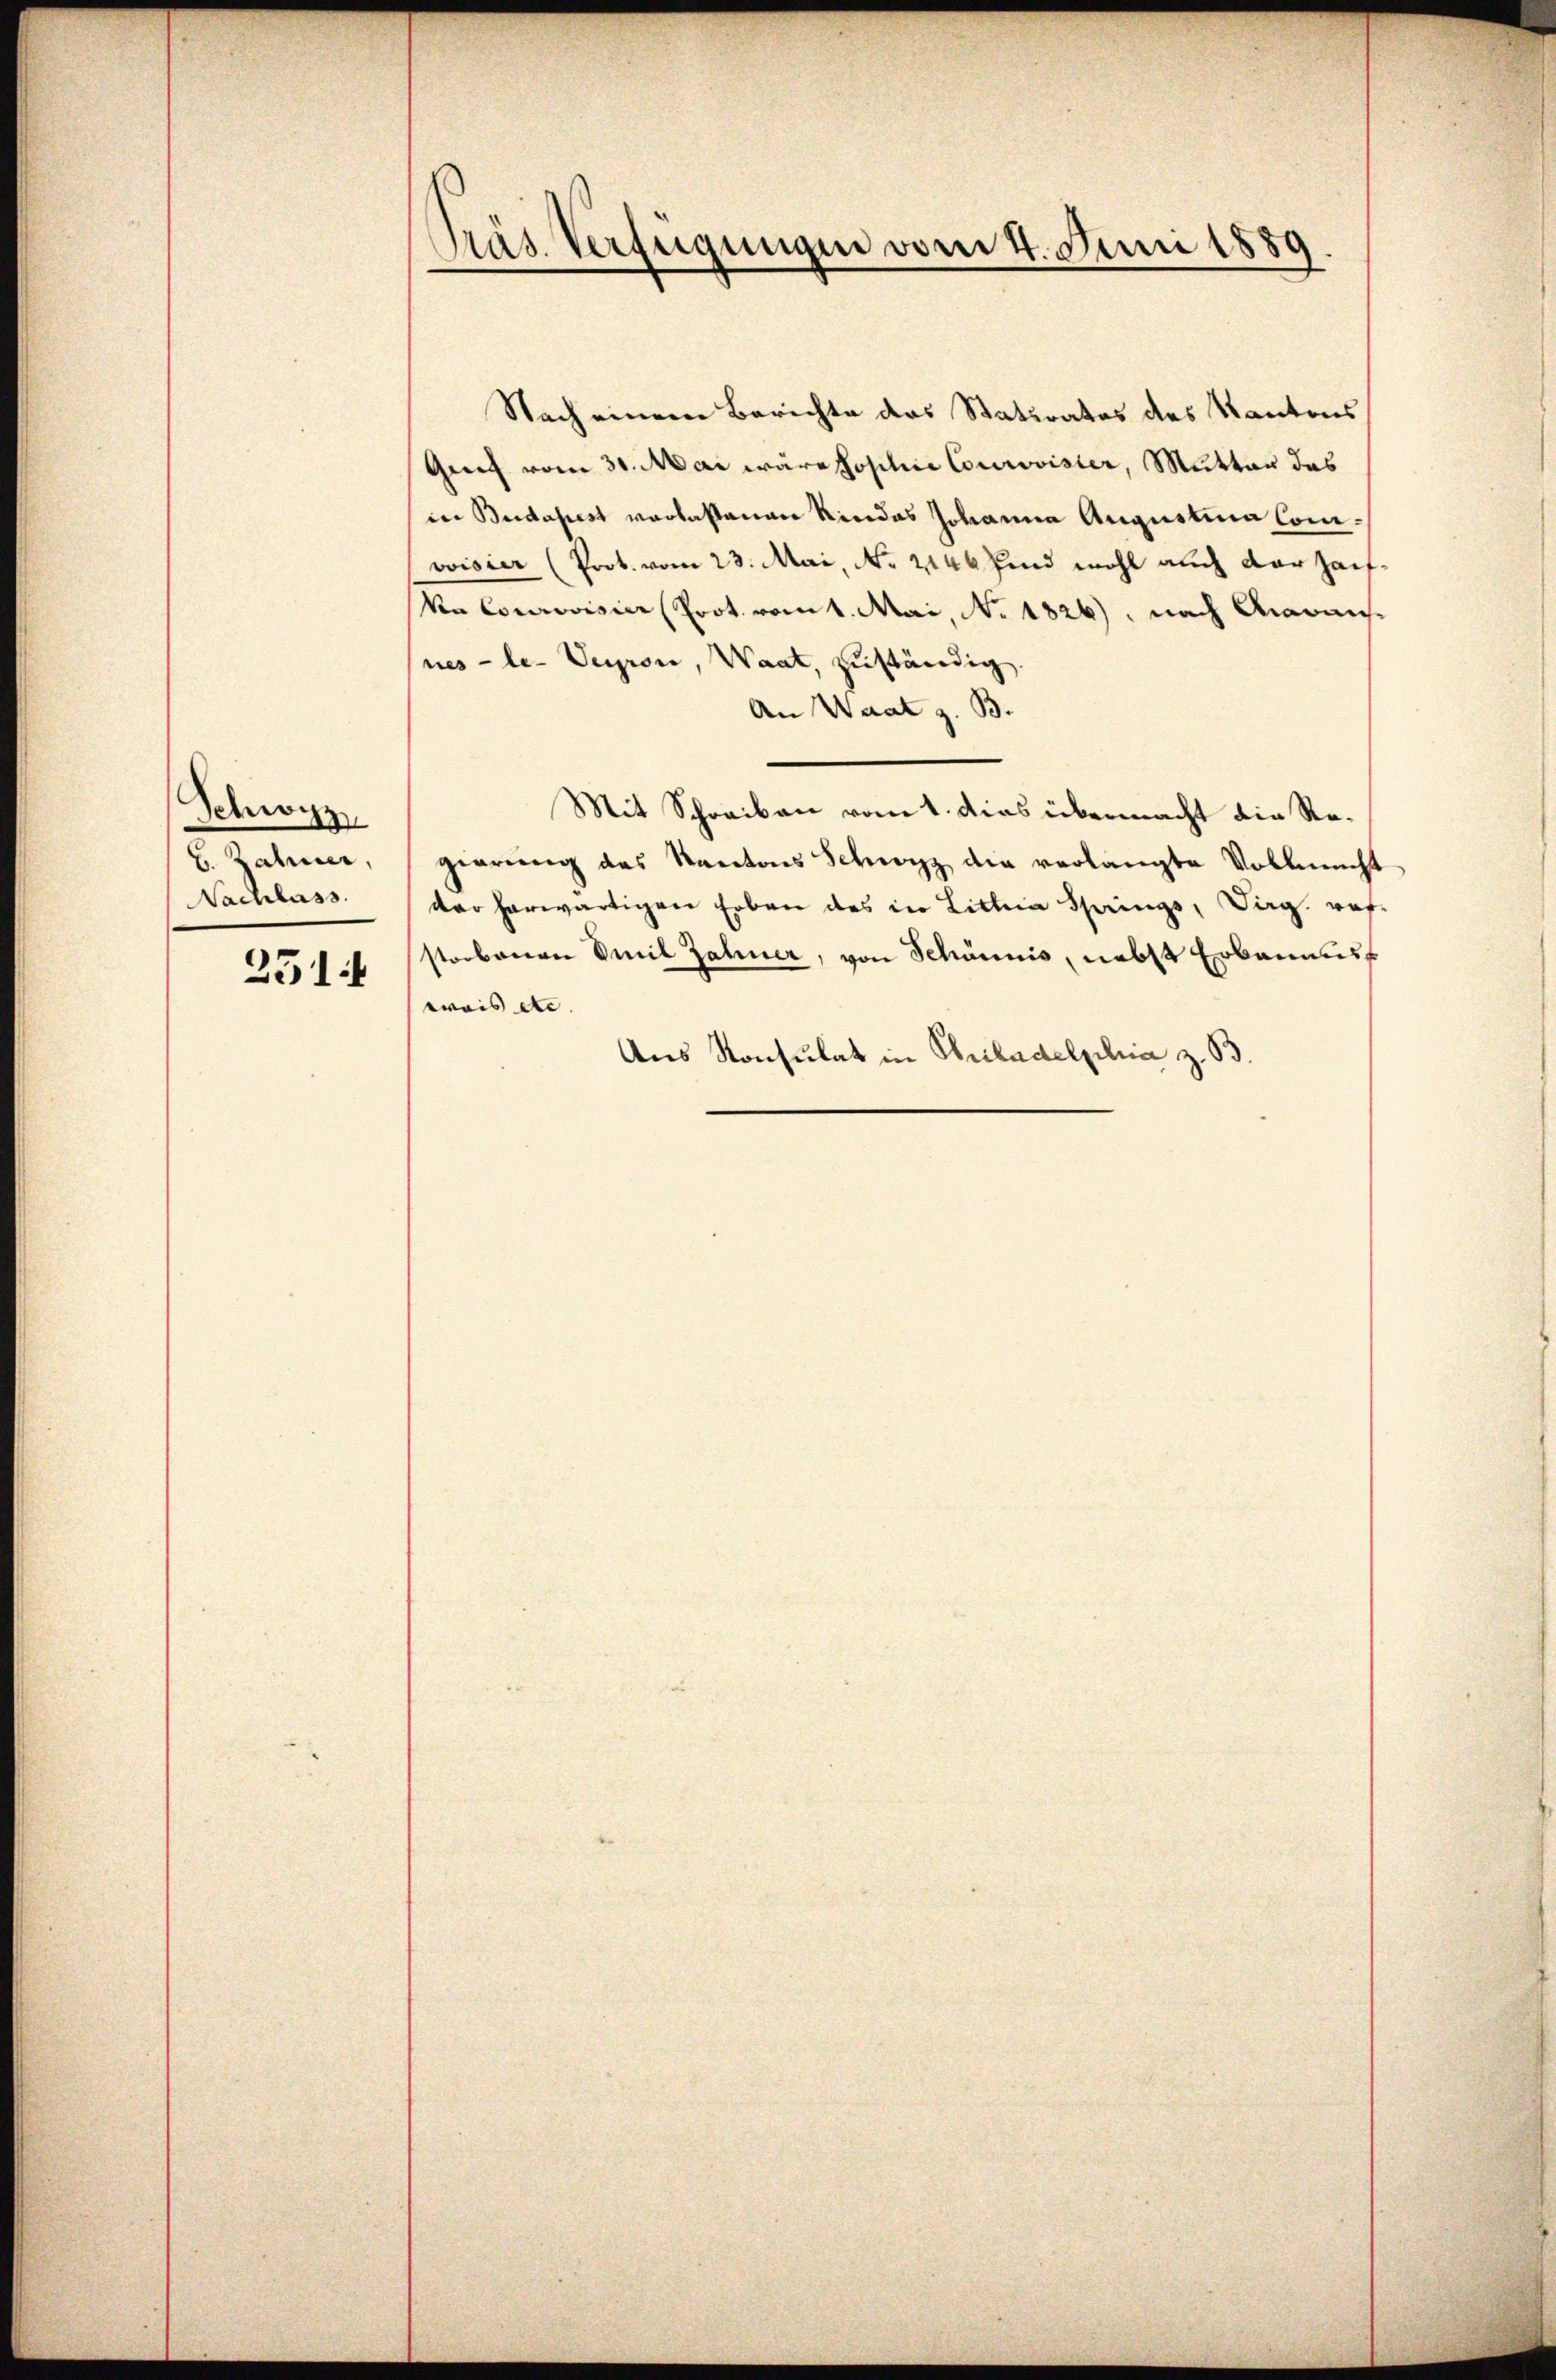
Schwyz
E. Zahner,
Nachlass.
2514

Präs. Verfügungen vom 4. Juni 1889

Nach einem Berichte des Statirates des Kantons
Graf vom 31. Mai wäre sophie Courovister, Mutter das
in Budapest vorlassenen Rindes Johanna Augustina Convisier (Prot. vom 23. Mai, No. 2146 sind wohl auch der haifkn Corrovisier (Prot. vom 1. Mai, No. 1826), nach Aarausnes - le- Seyron, Waat, zuständig.
An Waat z. B.
Mit Schreiben vom 1. dies übermacht die Regierŭng des Kantons Schwyz die verlangte Vollmacht
der herwärtigen Erben des in Littera Springs, Sarg. wof
storbenen Emil Zahner, von Schönnis, nebst Erbannus
wais etc.
Aus Konsulat in Briladelphia z. B.